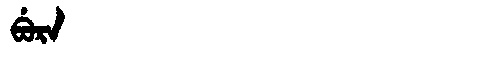
Manchu: ᠪᡠᡵᠠ
Romanization: BURA